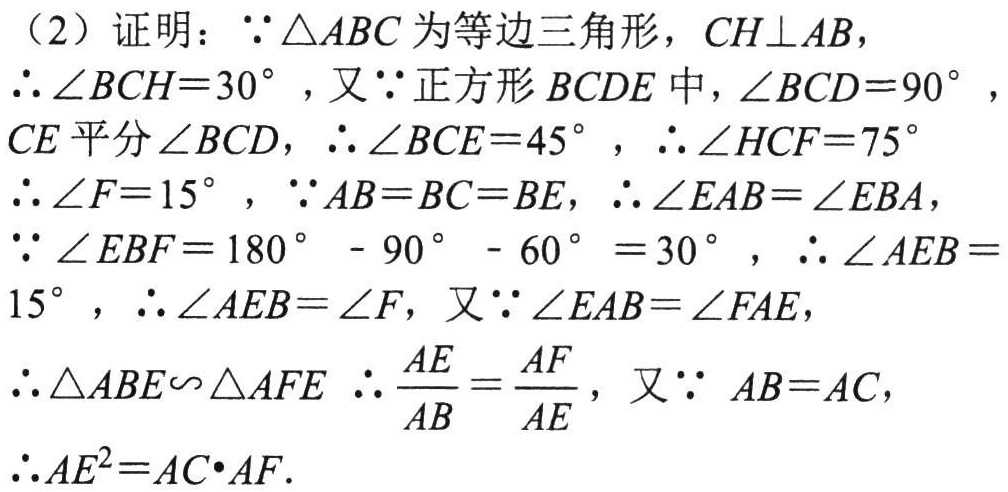
（2）证明：\(\because\triangle ABC\)为等边三角形，\(CH\perp AB\)，
\(\therefore\angle BCH = 30^{\circ}\)，又\(\because\)正方形\(BCDE\)中，\(\angle BCD = 90^{\circ}\)，
\(CE\)平分\(\angle BCD\)，\(\therefore\angle BCE = 45^{\circ}\)，\(\therefore\angle HCF = 75^{\circ}\)
\(\therefore\angle F = 15^{\circ}\)，\(\because AB = BC = BE\)，\(\therefore\angle EAB=\angle EBA\)，
\(\because\angle EBF = 180^{\circ}-90^{\circ}-60^{\circ}=30^{\circ}\)，\(\therefore\angle AEB = 15^{\circ}\)，\(\therefore\angle AEB=\angle F\)，又\(\because\angle EAB=\angle FAE\)，
\(\therefore\triangle ABE\backsim\triangle AFE\) \(\therefore\frac{AE}{AB}=\frac{AF}{AE}\)，又\(\because AB = AC\)，
\(\therefore AE^{2}=AC\cdot AF\).